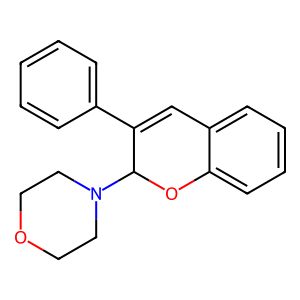
SMILES: C1=C(c2ccccc2)C(N2CCOCC2)Oc2ccccc21
Inhibits HIV replication: No